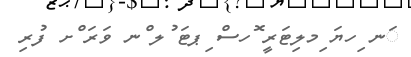
ަނ ިހޔަ ިމލިޓަރީ ޮހސް ިޕޓަ ުލ ްނ ވަރަ ްށ ފުރި